Calcutta medical institutions reports 1871-78
Year: 1871
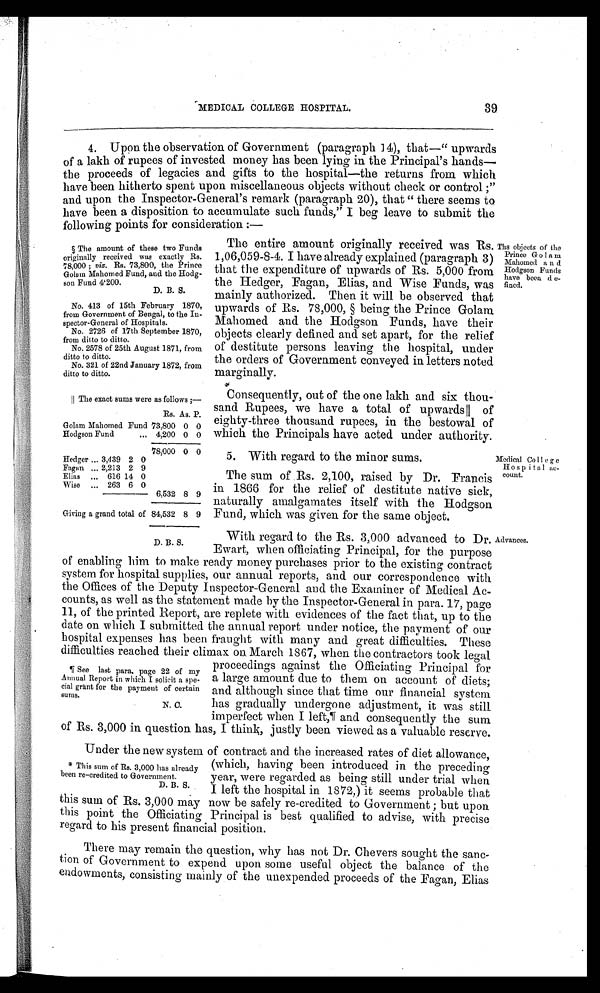
*Consequently, out of the one lakh and six thou
- s a n d R u p e e s , w e h a v e a t o t a l o f u p w a r d s║
o f
eighty-three thousand rupees, in the bestowal of
which the Principals have acted under authority.
Medical College
Hospital ac-
count.
The sum of Rs. 2,100, raised by Dr. Francis
in 1866 for the relief of destitute native sick,
naturally amalgamates itself with the Hodgson
Fund, which was given for the same object.
5. With regard to the minor sums.
MEDICAL COLLEGE HOSPITAL
39
4. Upon the observation of Government (paragraph 14), that—" upwards
of a lakh of rupees of invested money has been lying in the Principal's hands—
the proceeds of legacies and gifts to the hospital—the returns from which
have been hitherto spent upon miscellaneous objects without check or control;"
and upon the Inspector-General's remark (paragraph 20), that "there seems to
have been a disposition to accumulate such funds," I beg leave to submit the
following points for consideration:—
§ The amount of these two Funds
originally received was exactly Rs.
78,000; viz. Rs. 73,800, the Prince
Golam Mahomed Fund, and the Hodg
-son Fund 4'200.
D. B. S.
No. 413 of 15th February 1870,
from Government of Bengal, to the In
- s p e c t o r - G e n e r a l o f H o s p i t a l s .
No. 2726 of 17th September 1870,
from ditto to ditto.
No. 2578 of 25th August 1871, from
ditto to ditto.
No. 321 of 22nd January 1872, from
ditto to ditto.
║ The exact sums were as follows ; —
Rs. As. P.
Golam Mahomed Fund 73,800 0 0
Hodgson Fund
4,200 0 0
78,000 0 0
Hedger 3,439 2 0
Fagan
2,213 2 9
Elias
616 14 0
Wise
263 6 0
6,532 8 9
Giving a grand total of 84,532 8 9
The entire amount originally received was Rs.
1,06,059-8-4. I have already explained (paragraph 3)
that the expenditure of upwards of Rs. 5,000 from
the Hedger, Fagan, Elias, and Wise Funds, was
mainly authorized. Then it will be observed that
upwards of Rs. 78,000, § being the Prince Golam
Mahomed and the Hodgson Funds, have their
objects clearly defined and set apart, for the relief
of destitute persons leaving the hospital, under
the orders of Government conveyed in letters noted
marginally.
Ths objects of the
Prince Golam
Mahomed a n d
Hodgson Funds
have been de-
fined.
With regard to the Rs. 3,000 advanced to Dr.
Ewart, when officiating Principal, for the purpose
of enabling him to make ready money purchases prior to the existing contract
system for hospital supplies, our annual reports, and our correspondence with
the Offices of the Deputy Inspector-General and the Examiner of Medical Ac-
counts, as well as the statement made by the Inspector-General in para. 17, page
11, of the printed Report, are replete with evidences of the fact that, up to the
date on which I submitted the annual report under notice, the payment of our
hospital expenses has been fraught with many and great difficulties. These
difficulties reached their climax on March 1867, when the contractors took legal
proceedings against the Officiating Principal for
a large amount due to them on account of diets;
and although since that time our financial system
has gradually undergone adjustment, it was still
imperfect when I left, ¶ and consequently the sum
of Rs. 3,000 in question has, I think, justly been viewed as a valuable reserve.
Under the new system of contract and the increased rates of diet allowance,
(which, having been introduced in the preceding
year, were regarded as being still under trial when
I left the hospital in 1872,) it seems probable that
this sum of Rs. 3,000 may now be safely re-credited to Government; but upon
this point the Officiating Principal is best qualified to advise, with precise
regard to his present financial position.
There may remain the question, why has not Dr. Chevers sought the sanc
-tion of Government to expend upon some useful object the balance of the
endowments, consisting mainly of the unexpended proceeds of the Fagan, Elias
D. B. S.
¶ See last para. page 22 of my
Annual Report in which I solicit a spe
- c i a l g r a n t f o r t h e p a y m e n t o f c e r t a i n sums.
N. C.
This sum of Rs. 3,000 has already
been re-credited to Government.
D. B. S.
Advances.